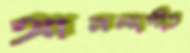
আনন্দগীত